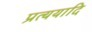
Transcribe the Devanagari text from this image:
प्रत्ययादि